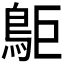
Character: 𪀏